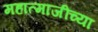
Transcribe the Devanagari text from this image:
महात्माजींच्या